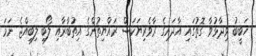
ހަބީބު ވިދާޅުވާ ގޮތުގައި އާދައިގެ ރާވެރިޔަކަސް ރައްޔިތުންގެ އިތުބާރާއި ލޯބި ލިބިއްޖެ ނަމަ